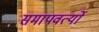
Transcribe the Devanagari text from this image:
समापवर्त्यो